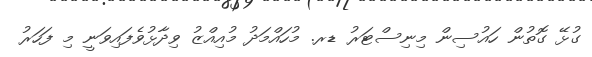
ގުޅޭ ގޮތުން ހައުސިން މިނިސްޓަރު ޑރ. މުހައްމަދު މުއިއްޒު ވިދާޅުވެފައިވަނީ މި ފަހަރު